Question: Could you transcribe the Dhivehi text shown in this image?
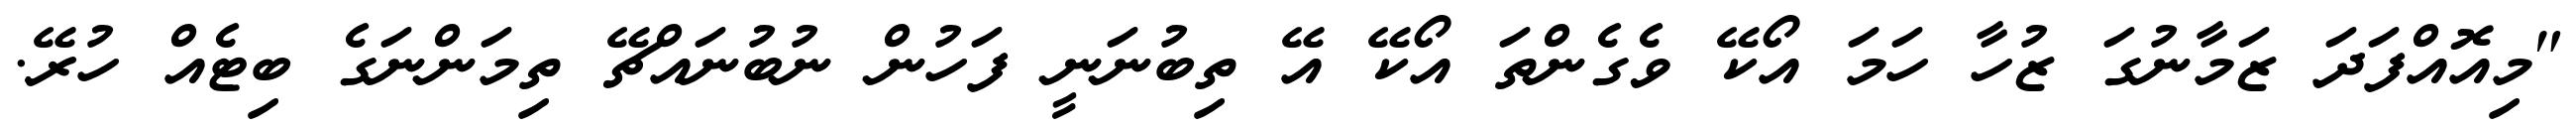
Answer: "މިއޮއްފަދަ ޒަމާނުގަ ޒުހާ ހަމަ އޯކޭ ވެގެންތަ އޯކޭ އޭ ތިބުނަނީ ފަހުން ނުބުނައްޗޭ ތިމަންނަގެ ބިޓެއް ހުރޭ.